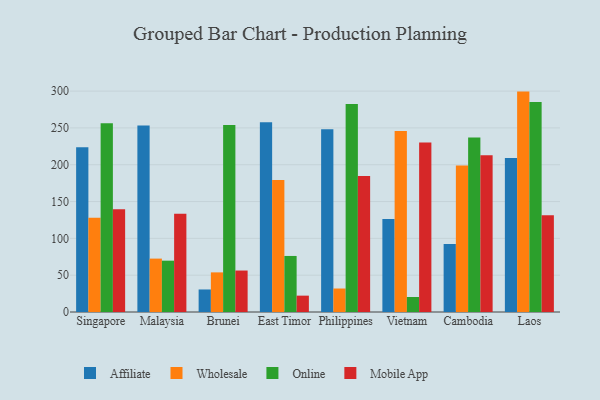
{"axis": {"x": "Country", "y": "Gross Profit (USD K)"}, "legend": ["Affiliate", "Mobile App", "Online", "Wholesale"], "data": [{"x": "Singapore", "y": 223.6, "type": "Affiliate"}, {"x": "Singapore", "y": 128.0, "type": "Wholesale"}, {"x": "Singapore", "y": 256.3, "type": "Online"}, {"x": "Singapore", "y": 139.6, "type": "Mobile App"}, {"x": "Malaysia", "y": 253.1, "type": "Affiliate"}, {"x": "Malaysia", "y": 72.5, "type": "Wholesale"}, {"x": "Malaysia", "y": 69.7, "type": "Online"}, {"x": "Malaysia", "y": 133.3, "type": "Mobile App"}, {"x": "Brunei", "y": 30.6, "type": "Affiliate"}, {"x": "Brunei", "y": 53.8, "type": "Wholesale"}, {"x": "Brunei", "y": 254.0, "type": "Online"}, {"x": "Brunei", "y": 56.3, "type": "Mobile App"}, {"x": "East Timor", "y": 257.6, "type": "Affiliate"}, {"x": "East Timor", "y": 179.3, "type": "Wholesale"}, {"x": "East Timor", "y": 76.1, "type": "Online"}, {"x": "East Timor", "y": 22.2, "type": "Mobile App"}, {"x": "Philippines", "y": 248.3, "type": "Affiliate"}, {"x": "Philippines", "y": 31.9, "type": "Wholesale"}, {"x": "Philippines", "y": 282.5, "type": "Online"}, {"x": "Philippines", "y": 184.8, "type": "Mobile App"}, {"x": "Vietnam", "y": 126.2, "type": "Affiliate"}, {"x": "Vietnam", "y": 245.7, "type": "Wholesale"}, {"x": "Vietnam", "y": 20.4, "type": "Online"}, {"x": "Vietnam", "y": 230.3, "type": "Mobile App"}, {"x": "Cambodia", "y": 92.4, "type": "Affiliate"}, {"x": "Cambodia", "y": 198.8, "type": "Wholesale"}, {"x": "Cambodia", "y": 236.8, "type": "Online"}, {"x": "Cambodia", "y": 213.0, "type": "Mobile App"}, {"x": "Laos", "y": 209.1, "type": "Affiliate"}, {"x": "Laos", "y": 299.3, "type": "Wholesale"}, {"x": "Laos", "y": 285.2, "type": "Online"}, {"x": "Laos", "y": 131.5, "type": "Mobile App"}]}